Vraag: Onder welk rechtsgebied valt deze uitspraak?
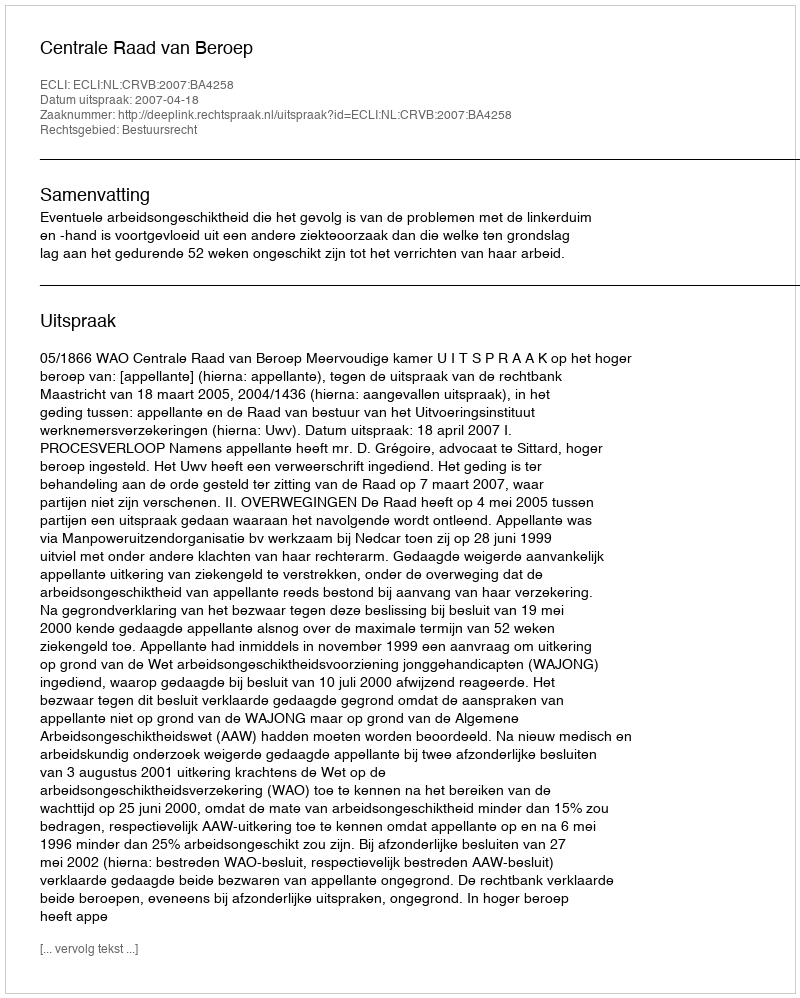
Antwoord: Bestuursrecht